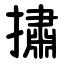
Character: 㩋